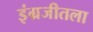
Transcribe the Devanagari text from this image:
इंग्रजीतला